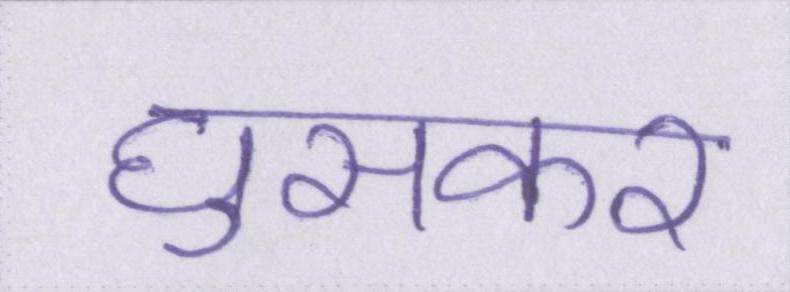
घुसकर